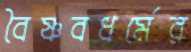
বৈষ্ণবধর্মের